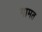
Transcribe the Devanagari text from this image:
गामत